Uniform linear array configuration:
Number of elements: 16
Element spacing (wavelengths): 0.5
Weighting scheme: hamming
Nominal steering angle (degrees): -45
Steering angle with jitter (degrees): -46.102
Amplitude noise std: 0.05
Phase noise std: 0.05

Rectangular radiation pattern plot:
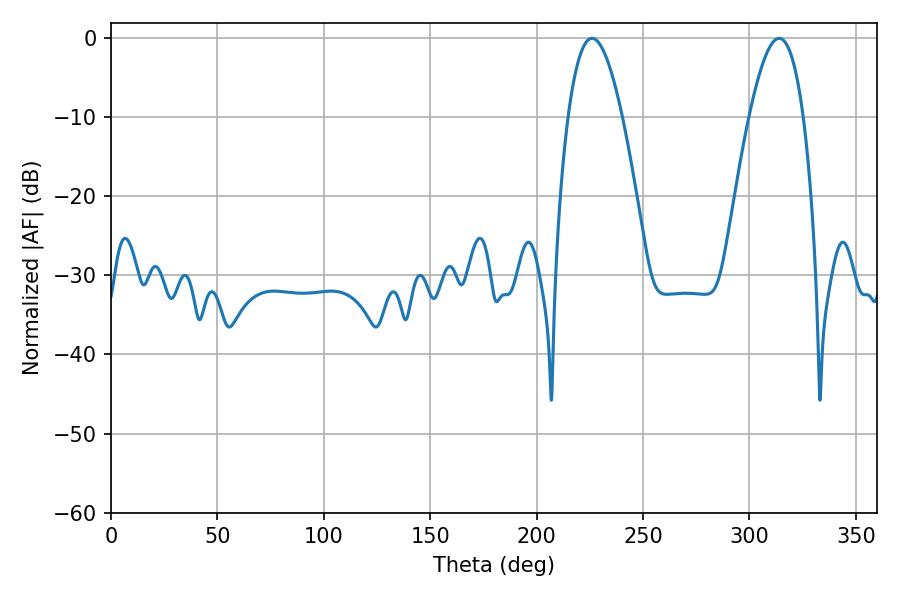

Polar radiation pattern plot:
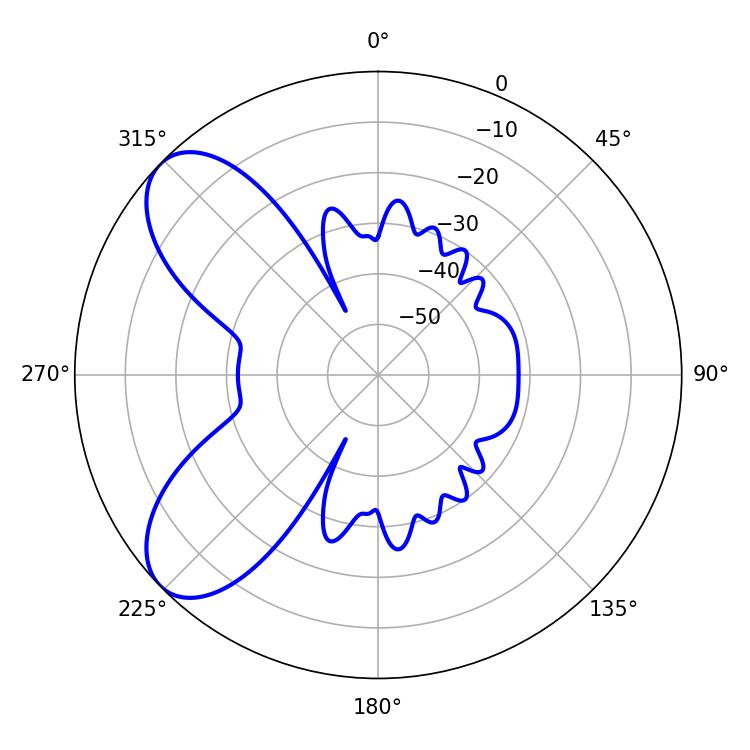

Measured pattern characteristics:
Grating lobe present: FALSE
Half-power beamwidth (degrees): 13.86
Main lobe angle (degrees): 226.08